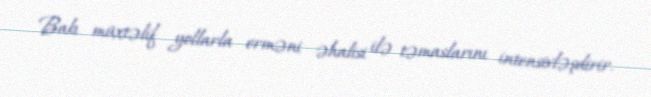
Bakı müxtəlif yollarla erməni əhalisi ilə təmaslarını intensivləşdirir.